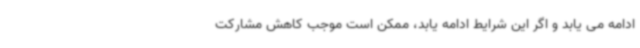
ادامه می یابد و اگر این شرایط ادامه یابد، ممکن است موجب کاهش مشارکت